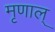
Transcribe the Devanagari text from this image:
मृणाल्